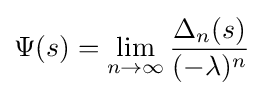
\Psi (s)=\lim _{n\to \infty }{\frac {\Delta _{n}(s)}{(-\lambda )^{n}}}